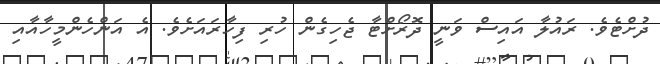
ދުށްޓެވެ. ރައުލާ އައިސް ވަނީ ދޮރޯށްޓާ ޖެހިގެން ހުރި ފިހާރައަށެވެ. އެ އަންހެންމީހާއާއި